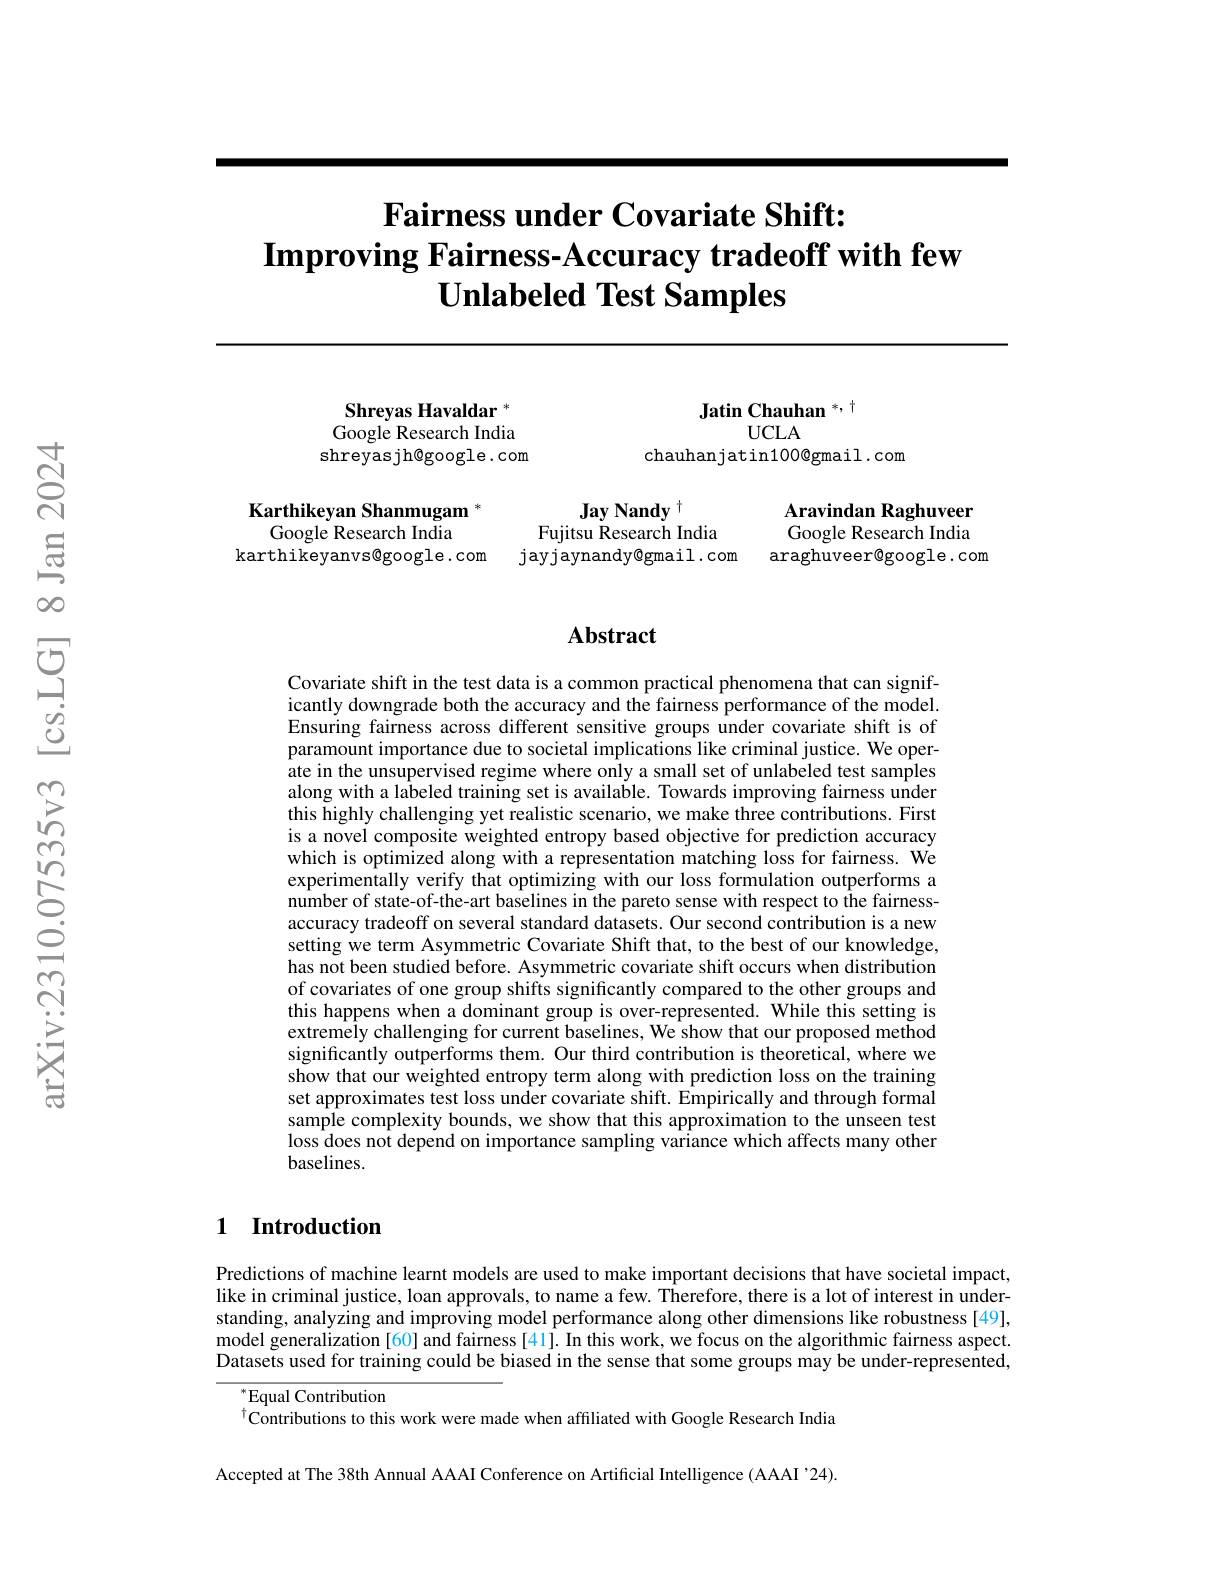
# Fairness under Covariate Shift: $\textbf{Improving Fairness- Accuracy tradeoff with few}$ $\textbf{Unlabeled Test Samples}$

Shreyas Havaldar * Google Research India shreyas jh@google. com

Karthikeyan Shanmugam $^{*}$
Google Research India
karthikeyanvs@google.com

Jatin Chauhan *, t
$UCLA$

chauhanjatin100@gmail.com

Jay Nandy $^{+}$
Aravindan Raghuveer
Fujitsu Research India
Google Research India
jayjaynandy@gmail.com
araghuveer@google.com

## $\mathbf{Abstract}$

Covariate shift in the test data is a common practical phenomena that can significantly downgrade both the accuracy and the fairness performance of the model. Ensuring fairness across different sensitive groups under covariate shift is of paramount importance due to societal implications like criminal justice. We operate in the unsupervised regime where only a small set of unlabeled test samples along with a lābeled training set is available. Towards improving fairness under this highly challenging yet realistic scenario, we make three contributions. First is a novel composite weighted entropy based objective for prediction accuracy which is optimized along with a representation matching loss for fairness. We experimentally verify that optimizing with our loss formulation outperforms a number of state-of-the-art baselines in the pareto sense with respect to the fairnessaccuracy tradeoff on several standard datasets. Our second contribution is a new setting we term Asymmetric Covariate Shift that, to the best of our knowledge, has not been studied before. Asymmetric covariate shift occurs when distribution of covariates of one group shifts significantly compared to the other groups and this happens when a dominant group is over-represented. While this setting is extremely challenging for current baselines, We show that our proposed method significantly outperforms them. Our third contribution is theoretical, where we show that our weighted entropy term along with prediction loss on the training set approximates test loss under covariate shift. Empirically and through formal sample complexity bounds, we show that this approximation to the unseen test loss does not depend on importance sampling variance which affects many other baselines.

## 1 Introduction

Predictions of machine learnt models are used to make important decisions that have societal impact, like in criminal justice, loan approvals, to name a few. Therefore, there is a lot of interest in understanding, analyzing and improving model performance along other dimensions like robustness [49], model generalization [60] and fairness [41]. In this work, we focus on the algorithmic fairness aspect. Datasets used for training could be biased in the sense that some groups may be under-represented,

$^*$Equal Contribution

$^{\dagger}$Contributions to this work were made when affiliated with Google Research India

Accepted at The 38th Annual AAAI Conference on Artificial Intelligence (AAAI '24).